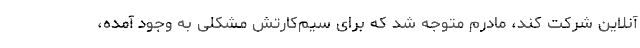
آنلاین شرکت کند، مادرم متوجه شد که برای سیم‌کارتش مشکلی به وجود آمده،